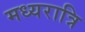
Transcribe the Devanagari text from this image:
मध्‍यरात्रि